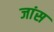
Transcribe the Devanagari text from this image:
जांस